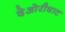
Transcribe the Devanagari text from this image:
देओरीघाट